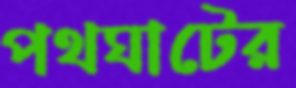
পথঘাটের